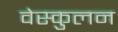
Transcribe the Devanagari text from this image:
वेस्कुलन